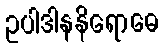
ဥပါဒါနနိရောဓေ